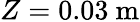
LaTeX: Z=0.03~\mathrm{m}